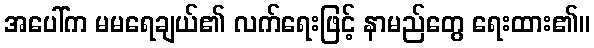
အပေါ်က မမရေချယ်၏ လက်ရေးဖြင့် နာမည်တွေ ရေးထား၏။